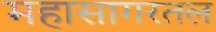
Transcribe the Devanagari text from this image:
महासागरतल